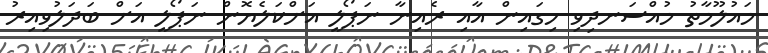
މައުލޫމާތު މުއްސަނދިވި ހިގައިން އާއި ރެއިނާ ނަޕޯލީ އަށްކަލެޔޮން ނަޕޯލީ އަށް ބަދަލުވިއިރު